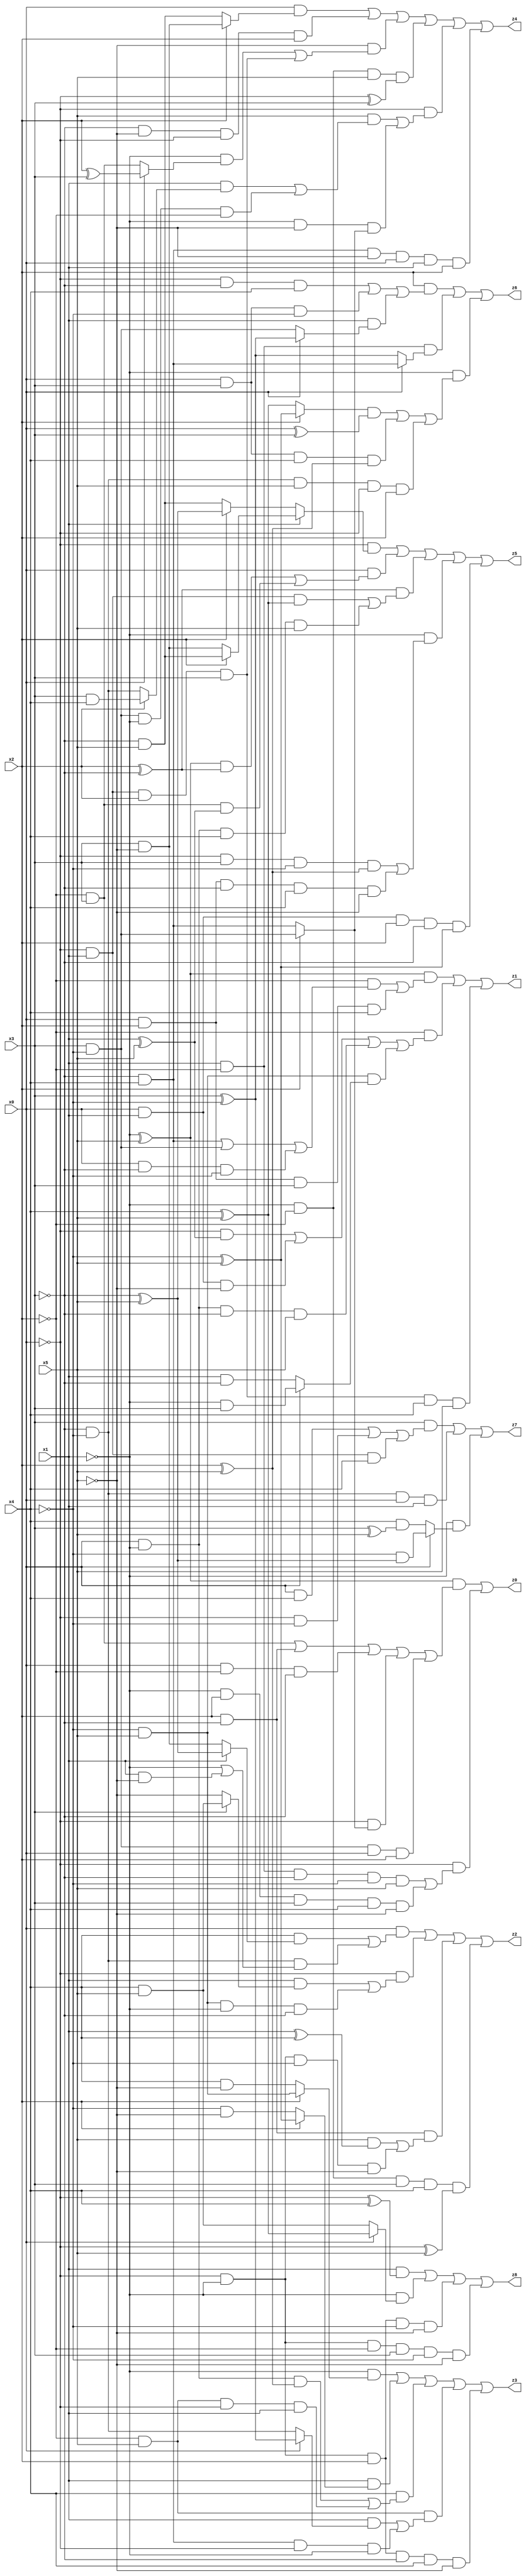
// Benchmark "X_57" written by ABC on Tue Jun 06 22:26:54 2023

module X_57 ( 
    x0, x1, x2, x3, x4, x5,
    z0, z1, z2, z3, z4, z5, z6, z7, z8  );
  input  x0, x1, x2, x3, x4, x5;
  output z0, z1, z2, z3, z4, z5, z6, z7, z8;
  assign z0 = ((~x1 ^ x5) & ((~x2 & x3) | (x2 & ~x3) | (x0 & ~x2 & ~x3) | (~x0 & (x2 ? (x3 & ~x4) : (~x3 & x4))) | (x3 & ~x4 & x0 & x2))) | (~x0 & ((x1 & ~x2 & ~x3 & ~x4 & x5) | (~x1 & x2 & x3 & x4 & ~x5)));
  assign z1 = ((~x1 ^ x5) & ((~x2 & ((~x3 & x4) | (x3 & ~x4) | (x0 & ~x3 & ~x4))) | (x0 & x2 & x3 & x4))) | (~x2 & ((~x0 & (x1 ^ x5)) | (x0 & x1 & ~x5) | (x0 & ~x1 & ~x3 & x5) | (~x4 & x5 & (x0 ? (~x1 & x3) : (x1 & ~x3))))) | (~x0 & x1 & x2 & x3 & x4 & x5);
  assign z2 = (x0 & ((x4 & (x1 ? (~x3 ^ x5) : (x3 & ~x5))) | (~x3 & ~x4 & (~x1 | (x1 & ~x5))))) | (~x0 & ((x1 & (x3 ? (x4 & x5) : ~x5)) | (~x4 & x5 & ~x1 & ~x3))) | (x2 & ~x3 & ((x5 & (x1 ^ x4)) | (~x0 & ~x1 & ~x4 & ~x5))) | (~x1 & ~x2 & x3 & x4 & (~x0 ^ x5));
  assign z3 = (~x1 & (x2 ? (~x4 & x5) : (x4 & ~x5))) | (x1 & (x2 ? (~x4 ^ x5) : (~x4 & ~x5))) | (x4 & ((x0 & ~x1 & (x2 ^ x5)) | (~x2 & x5 & ~x0 & x1))) | (~x2 & x5 & ((x1 & (x0 ? (x3 ^ ~x4) : (~x3 & ~x4))) | (~x3 & x4 & ~x0 & ~x1))) | (~x0 & ~x1 & x2 & ~x3 & x4 & ~x5);
  assign z4 = (x0 & (x2 ? (x3 & ~x5) : (~x3 & x5))) | (~x3 & ~x5 & ~x0 & x2) | (~x5 & ((~x1 & (x0 ? (x2 ^ x3) : (~x2 & x3))) | (~x0 & x1 & x2 & x3))) | (~x1 & ~x2 & x5 & (~x0 ^ x3)) | (~x0 & ((x5 & ((x1 & (x2 ? (x3 & x4) : (~x3 & ~x4))) | (x3 & ~x4 & ~x1 & ~x2))) | (~x1 & ~x5 & (x2 ? (x3 & ~x4) : (~x3 & x4))))) | (~x3 & x4 & ~x5 & x0 & x1 & x2);
  assign z5 = (~x0 & (x1 ? (x2 ? (~x3 & x5) : (x3 & ~x5)) : (x2 ? (~x3 ^ x5) : (~x3 & x5)))) | (x0 & (((~x1 ^ x5) & (x2 ^ ~x3)) | (~x2 & x3 & (x1 ^ x5)))) | ((x2 ^ ~x3) & ((~x0 & x1 & (x4 ^ x5)) | (x0 & ~x1 & x4 & x5))) | (~x1 & ((~x0 & x3 & ~x4 & (x2 ^ x5)) | (x0 & x2 & ~x3 & x4 & ~x5))) | (x0 & x1 & x2 & ~x3 & (~x4 ^ x5));
  assign z6 = (x2 & ((~x0 & ~x3 & x4) | (x0 & x3 & ~x4) | (x1 & (x0 ? (x3 ^ ~x4) : (x3 & ~x4))))) | (x1 & ~x2 & (x0 ? (~x3 & x4) : (x3 ^ ~x4))) | (~x1 & (((x2 ? (~x4 ^ x5) : (x4 ^ x5)) & (x0 ^ x3)) | (x0 & x3 & x4 & (x2 ^ x5)) | (~x3 & ~x4 & x5 & ~x0 & x2)));
  assign z7 = (x3 & ((x0 & x4) | (~x0 & ~x4) | (~x0 & x1 & x4))) | (~x3 & ~x4 & x0 & x1) | (~x1 & (x0 ? (~x4 & (~x3 ^ x5)) : (x4 & (x3 ^ x5))));
  assign z8 = (x1 & (~x0 ^ x4)) | (~x1 & (x0 ? (x4 ^ x5) : (x4 & x5))) | (~x0 & ~x1 & x2 & ~x4 & ~x5) | (~x0 & ~x1 & ~x2 & x3 & ~x4 & ~x5);
endmodule